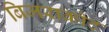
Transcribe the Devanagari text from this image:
बिजराकोट